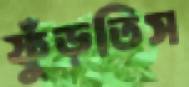
ফুঁড়তিস